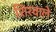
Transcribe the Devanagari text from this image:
शिरवाले